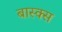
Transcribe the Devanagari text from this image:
बास्क्स